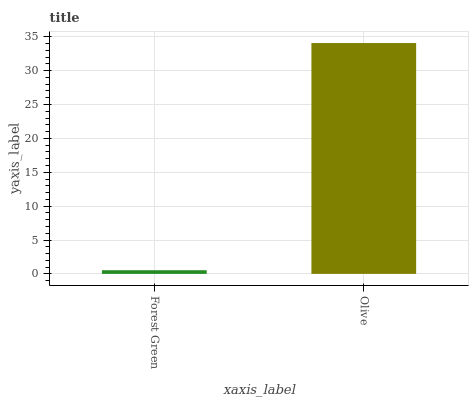
| xaxis_label | bars |
 | --- | --- |
 | Forest Green | 0.543 |
 | Olive | 34.1 |